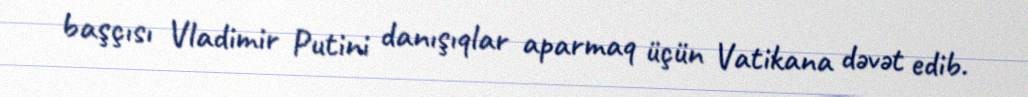
başçısı Vladimir Putini danışıqlar aparmaq üçün Vatikana dəvət edib.